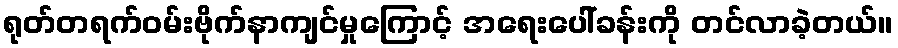
ရုတ်တရက်ဝမ်းဗိုက်နာကျင်မှုကြောင့် အရေးပေါ်ခန်းကို တင်လာခဲ့တယ်။